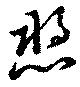
愬